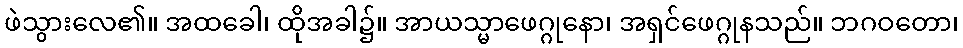
ဖဲသွားလေ၏။ အထခေါ၊ ထိုအခါ၌။ အာယသ္မာဖေဂ္ဂုနော၊ အရှင်ဖေဂ္ဂုနသည်။ ဘဂဝတော၊